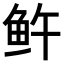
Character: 𬶉